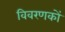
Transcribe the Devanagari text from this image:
विवरणकों